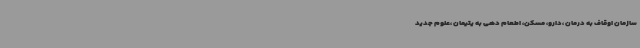
سازمان اوقاف به درمان ،دارو، مسکن، اطعام دهی به یتیمان ،علوم جدید